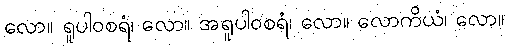
လော။ ရူပါဝစရံ၊ လော။ အရူပါဝစရံ၊ လော။ လောကိယံ၊ လော။